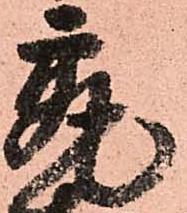
最